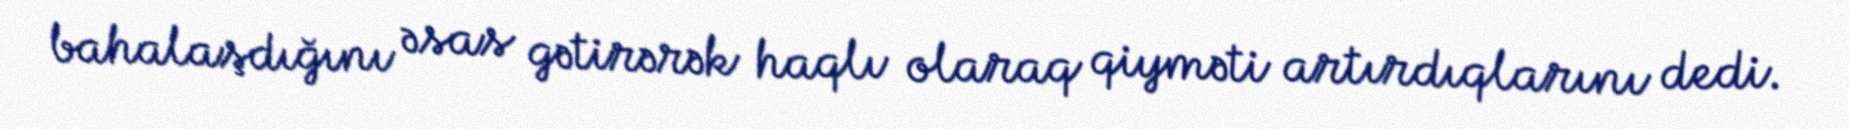
bahalaşdığını əsas gətirərək haqlı olaraq qiyməti artırdıqlarını dedi.